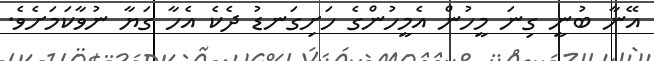
އޭނާ ބުނީ ގިނަ މީހުން އެމީހުންގެ ހަށިގަނޑު ދެކެ އެހާ ގަޔާ ނުވާކަމަށެވެ.